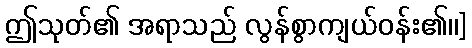
ဤသုတ်၏ အရာသည် လွန်စွာကျယ်ဝန်း၏၊၊]